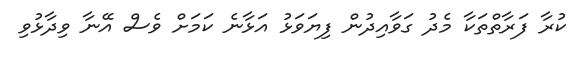
ކުރާ ފަރާތްތަކާ މެދު ގަވާއިދުން ފިޔަވަޅު އަޅާނެ ކަމަށް ވެސް އޭނާ ވިދާޅުވި